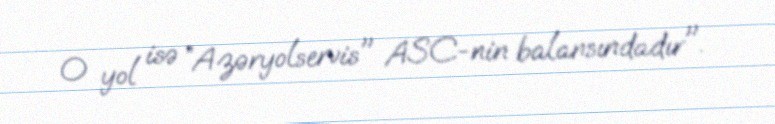
O yol isə ”Azəryolservis" ASC-nin balansındadır".